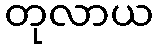
တုလာယ